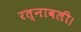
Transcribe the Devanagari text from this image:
रत्नावली।